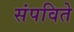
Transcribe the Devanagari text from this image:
संपविते